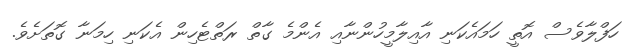
ހަފްލާވެސް އޮތީ ހަމައެކަނި އާއިލާމީހުންނާއި އެންމެ ގާތް ރަތްޓެހިން އެކަނި ހިމަނާ ގޮތަށެވެ.